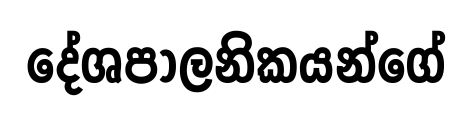
දේශපාලනිකයන්ගේ